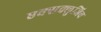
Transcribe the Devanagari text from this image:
एक्सक्लुजिव